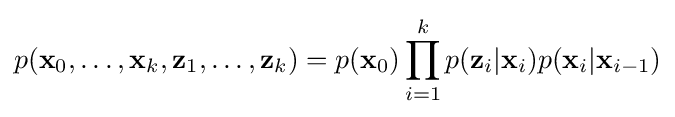
p({\textbf {x}}_{0},\dots ,{\textbf {x}}_{k},{\textbf {z}}_{1},\dots ,{\textbf {z}}_{k})=p({\textbf {x}}_{0})\prod _{i=1}^{k}p({\textbf {z}}_{i}|{\textbf {x}}_{i})p({\textbf {x}}_{i}|{\textbf {x}}_{i-1})